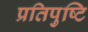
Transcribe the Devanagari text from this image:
प्रतिपुष्‍टि